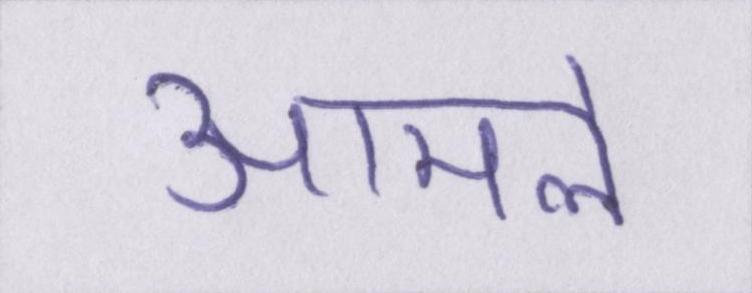
आमले